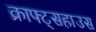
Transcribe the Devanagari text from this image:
क्राफ्ट्सहाउस